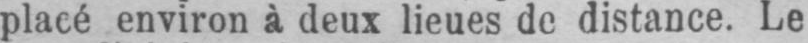
placé environ à deux lieues de distance. Le